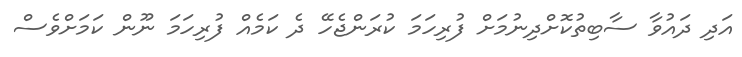
އަދި ދައުވާ ސާބިތުކޮށްދިނުމަށް ފުރިހަމަ ކުރަންޖެހޭ ދެ ކަމެއް ފުރިހަމަ ނޫން ކަމަށްވެސް